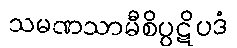
သမဏသာမီစိပ္ပဋိပဒံ